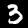
Digit: 3